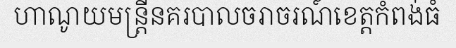
ហាណូយមន្ត្រីនគរបាលចរាចរណ៍ខេត្តកំពង់ធំ